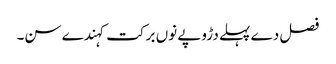
فصل دے پہلے دڑوپے نوں برکت کہندے سن۔